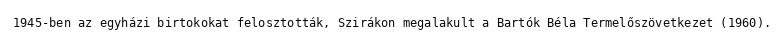
1945-ben az egyházi birtokokat felosztották, Szirákon megalakult a Bartók Béla Termelőszövetkezet (1960).